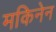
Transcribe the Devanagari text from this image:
मकिनेन